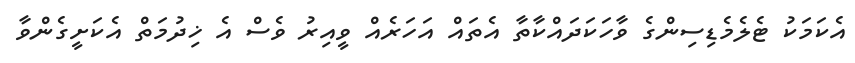
އެކަމަކު ޓެލެމެޑިސިންގެ ވާހަކަދައްކާތާ އެތައް އަހަރެއް ވީއިރު ވެސް އެ ޚިދުމަތް އެކަށީގެންވާ